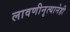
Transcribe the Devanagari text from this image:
लावणीनृत्यानेही